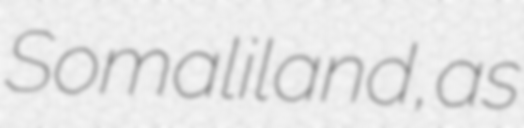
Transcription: Somaliland, as